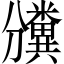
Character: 𥽡